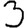
Digit: 3